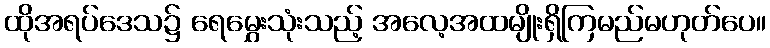
ထိုအရပ်ဒေသ၌ ရေမွှေးသုံးသည့် အလေ့အထမျိုးရှိကြမည်မဟုတ်ပေ။